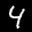
Label: 4